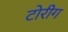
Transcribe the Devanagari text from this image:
टोरीग